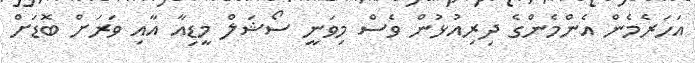
އަހަރެމެން އެންމެންގެ ދިރިއުޅުން ވެސް މިވަނީ ސޯޝަލް މީޑިއާ އާއި ވަރަށް ބޮޑަށް